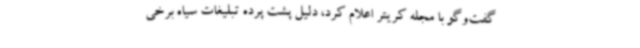
گفت‌وگو با مجله کریتر اعلام کرد،‌ دلیل پشت پرده تبلیغات سیاه برخی